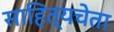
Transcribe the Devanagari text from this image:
साहित्यचेता